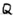
Text: Q